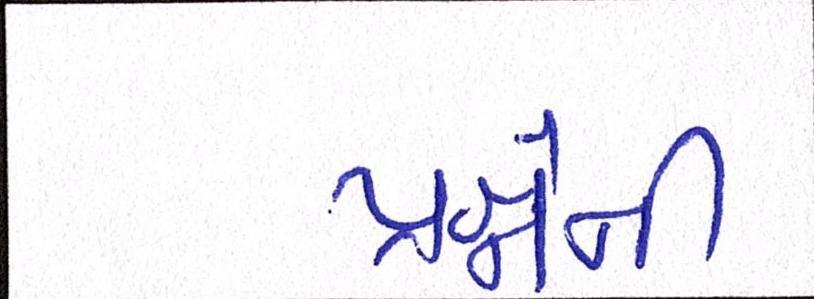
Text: પ્રશ્નોની